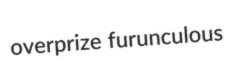
overprize furunculous